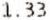
1.33